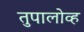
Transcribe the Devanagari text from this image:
तुपालोव्ह